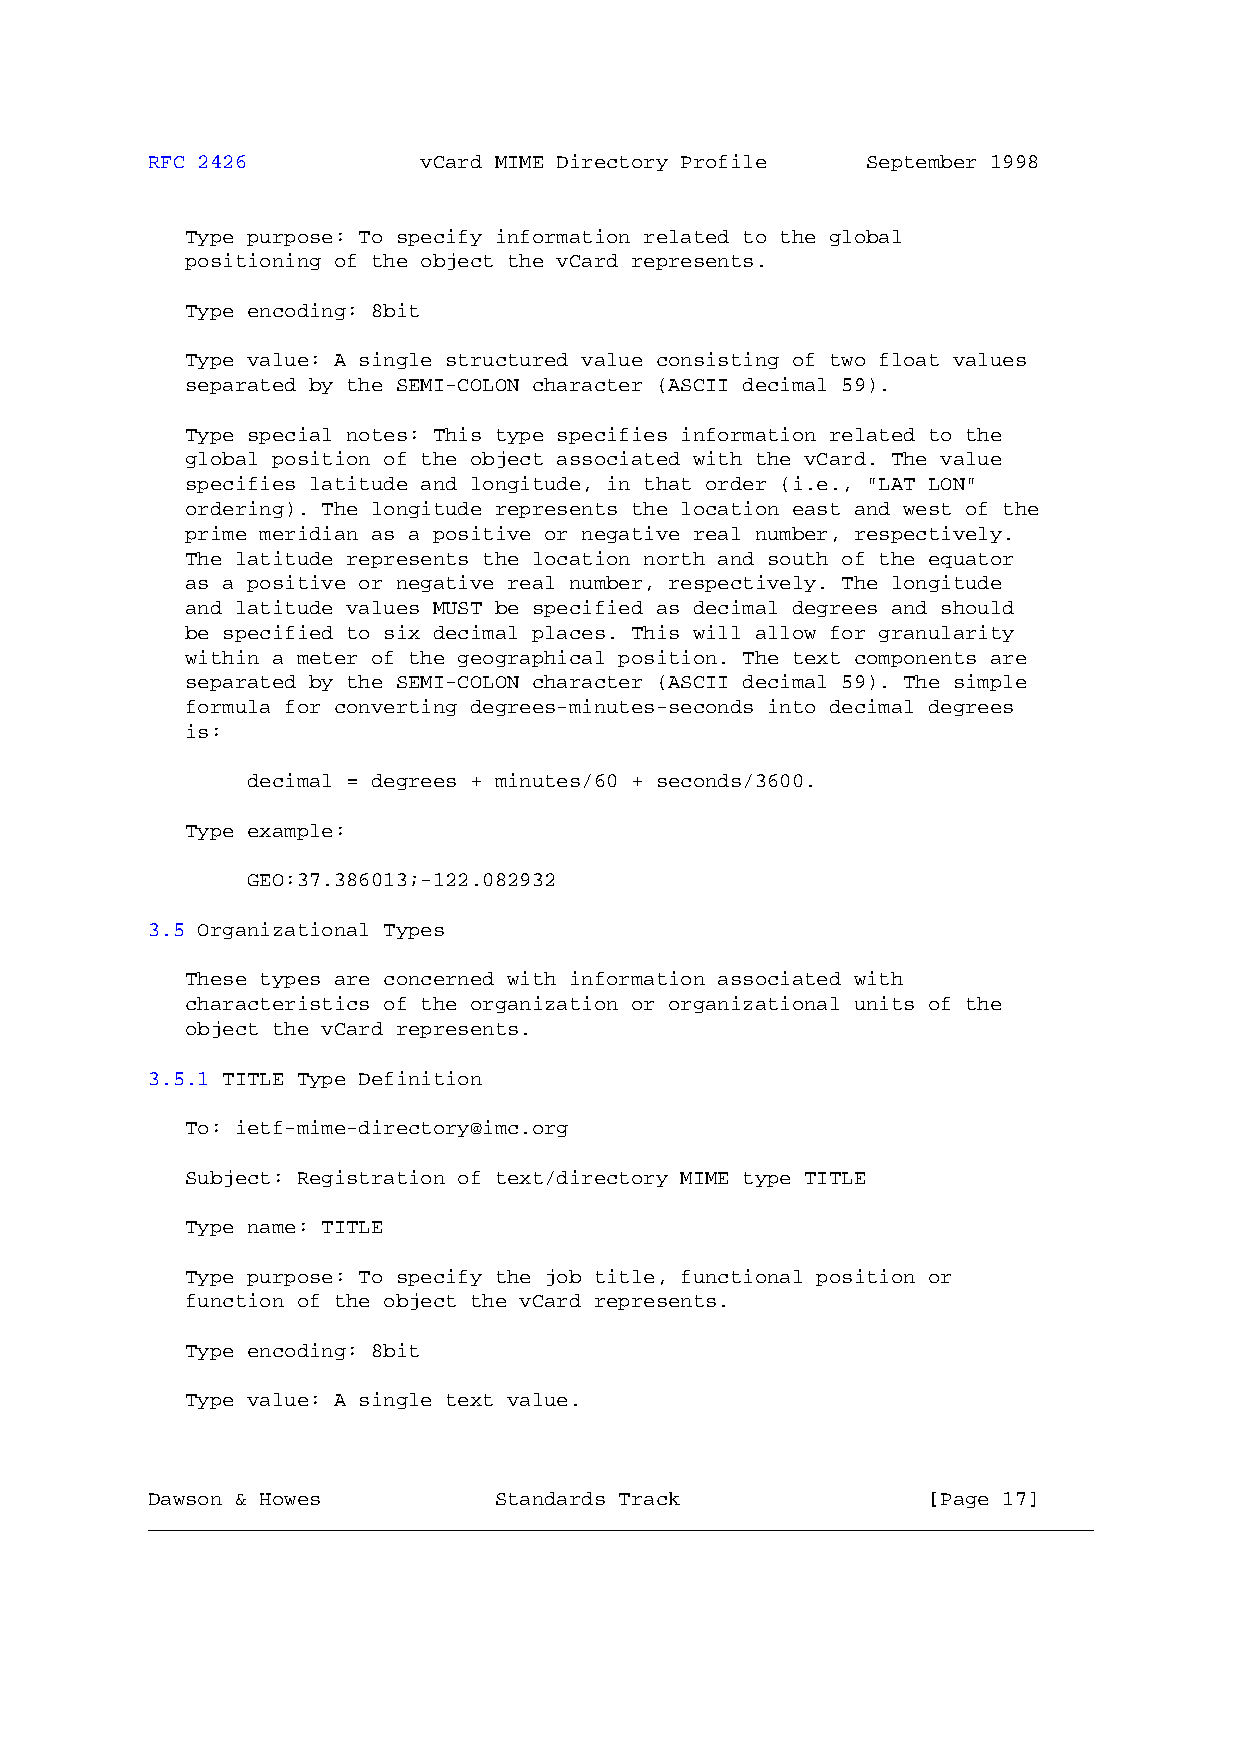
RFC 2426          vCard MIME Directory Profile September 1998
 Type purpose: To specify information related to the global
 positioning of the object the vCard represents.
 Type encoding: 8bit
 Type value: A single structured value consisting of two float values
 separated by the SEMI-COLON character (ASCII decimal 59).
 Type special notes: This type specifies information related to the
 global position of the object associated with the vCard. The value
 specifies latitude and longitude, in that order (i.e., "LAT LON"
 ordering). The longitude represents the location east and west of the
 prime meridian as a positive or negative real number, respectively.
 The latitude represents the location north and south of the equator
 as a positive or negative real number, respectively. The longitude
 and latitude values MUST be specified as decimal degrees and should
 be specified to six decimal places. This will allow for granularity
 within a meter of the geographical position. The text components are
 separated by the SEMI-COLON character (ASCII decimal 59). The simple
 formula for converting degrees-minutes-seconds into decimal degrees
 is:
 decimal = degrees + minutes/60 + seconds/3600.
 Type example:
 GEO:37.386013;-122.082932
 3.5 Organizational Types
 These types are concerned with information associated with
 characteristics of the organization or organizational units of the
 object the vCard represents.
 3.5.1 TITLE Type Definition
 To: ietf-mime-directory@imc.org
 Subject: Registration of text/directory MIME type TITLE
 Type name: TITLE
 Type purpose: To specify the job title, functional position or
 function of the object the vCard represents.
 Type encoding: 8bit
 Type value: A single text value.
 Dawson & Howes         Standards Track             [Page 17]